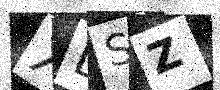
Text: XDSZ